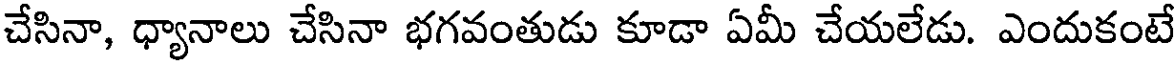
చేసినా, ధ్యానాలు చేసినా భగవంతుడు కూడా ఏమీ చేయలేడు. ఎందుకంటే